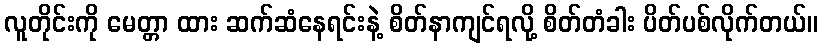
လူတိုင်းကို မေတ္တာ ထား ဆက်ဆံနေရင်းနဲ့ စိတ်နာကျင်ရလို့ စိတ်တံခါး ပိတ်ပစ်လိုက်တယ်။